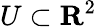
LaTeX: U\subset\mathbf{R}^{2}